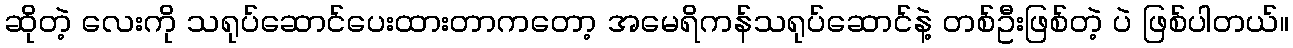
ဆိုတဲ့ လေးကို သရုပ်ဆောင်ပေးထားတာကတော့ အမေရိကန်သရုပ်ဆောင်နဲ့ တစ်ဦးဖြစ်တဲ့ ပဲ ဖြစ်ပါတယ်။